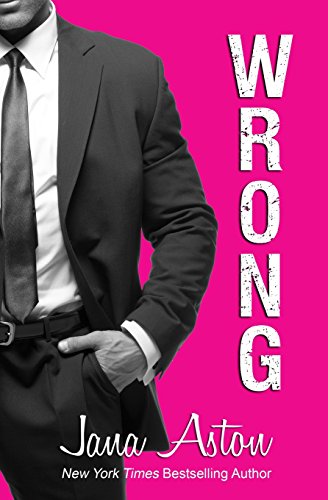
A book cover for Wrong; Jana Aston; Romance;